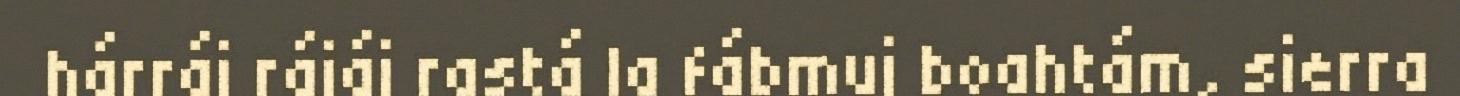
hárráj rájáj rastá la fábmuj boahtám, sierra